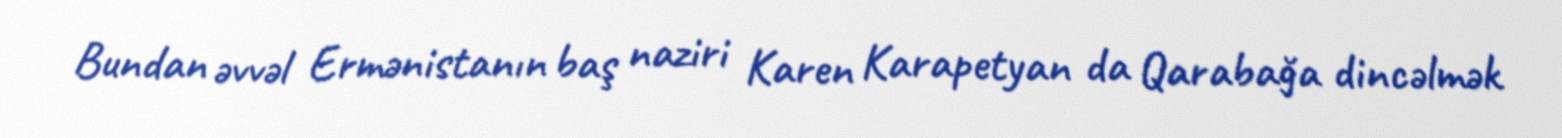
Bundan əvvəl Ermənistanın baş naziri Karen Karapetyan da Qarabağa dincəlmək